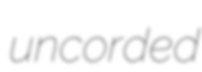
uncorded